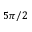
5 \pi / 2